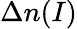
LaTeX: \Delta n(I)